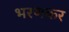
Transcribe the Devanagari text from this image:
भरणकर